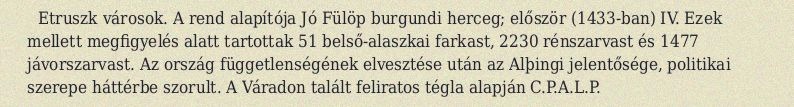
Etruszk városok. A rend alapítója Jó Fülöp burgundi herceg; először (1433-ban) IV. Ezek mellett megfigyelés alatt tartottak 51 belső-alaszkai farkast, 2230 rénszarvast és 1477 jávorszarvast. Az ország függetlenségének elvesztése után az Alþingi jelentősége, politikai szerepe háttérbe szorult. A Váradon talált feliratos tégla alapján C.P.A.L.P.